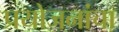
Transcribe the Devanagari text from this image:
प्रयोजनांचा